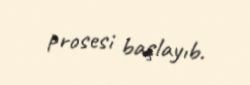
prosesi başlayıb.